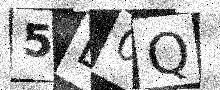
Text: 5L0Q